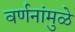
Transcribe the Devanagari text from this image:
वर्णनांमुळे